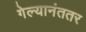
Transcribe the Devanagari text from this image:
गेल्यानंततर